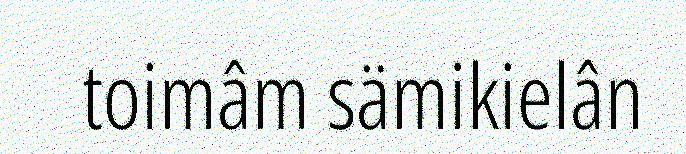
toimâm sämikielân